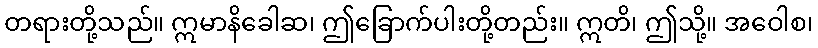
တရားတို့သည်။ ဣမာနိခေါဆ၊ ဤခြောက်ပါးတို့တည်း။ ဣတိ၊ ဤသို့။ အဝေါစ၊